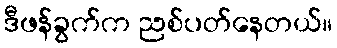
ဒီဖန်ခွက်က ညစ်ပတ်နေတယ်။